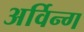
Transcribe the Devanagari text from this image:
अर्विन्ग